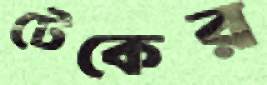
টেকের